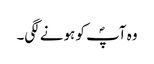
وہ آپؐ کو ہونے لگی۔